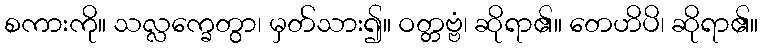
စကားကို။ သလ္လက္ခေတွာ၊ မှတ်သား၍။ ဝတ္တဗ္ဗံ၊ ဆိုရာ၏။ တေဟိပိ၊ ဆိုရာ၏။